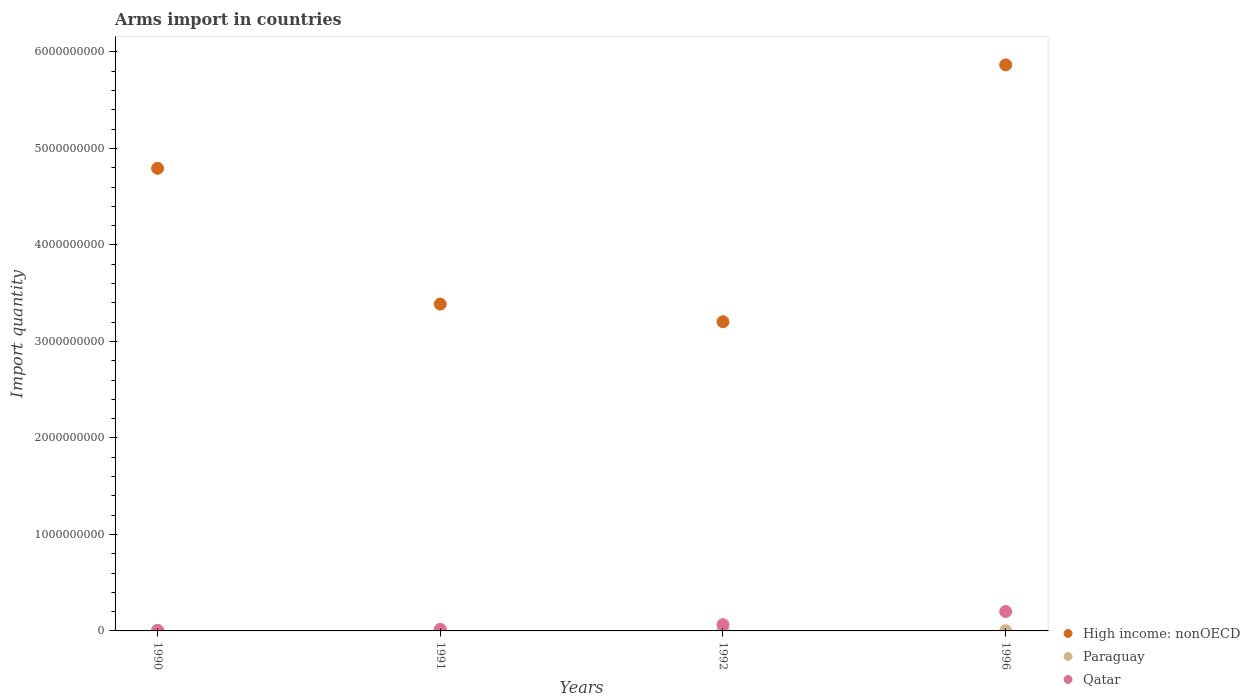
| Years | High income: nonOECD | Paraguay | Qatar |
 | --- | --- | --- | --- |
 | 1990 | 4.79e+09 | 6e+06 | 5e+06 |
 | 1991 | 3.39e+09 | 3e+06 | 1.7e+07 |
 | 1992 | 3.2e+09 | 1e+06 | 6.5e+07 |
 | 1996 | 5.87e+09 | 2e+06 | 2.01e+08 |